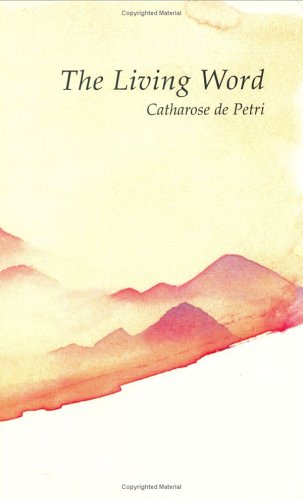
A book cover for The Living Word; Catharose de Petri; Religion & Spirituality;